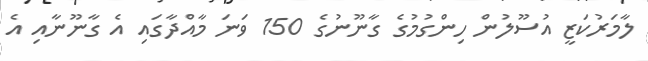
ލާމަރުކަޒީ އުސޫލުން ހިންގުމުގެ ގާނޫނުގެ 150 ވަނަ މާއްދާގައި އެ ގާނޫނާއި އެ